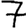
Digit: 7